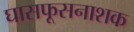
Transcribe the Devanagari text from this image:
घासफूसनाशक